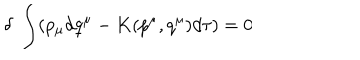
LaTeX: \delta \; \int ( p _ { \mu } d q ^ { \mu } - K ( p ^ { \mu } , q ^ { \mu } ) d \tau ) = 0